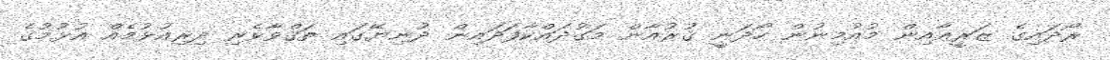
ރޯދައިގެ ޒަރީޢާއިން މުއުމިނުން ހޯދަނީ ޤުރުއާން މަގުދައްކާފަދައިން ދުނިޔޭގައި ތަޤްވާވެރި ދިރިއުޅުމެއް އުޅުމުގެ